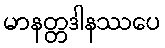
မာနတ္တဒါနဿပေ